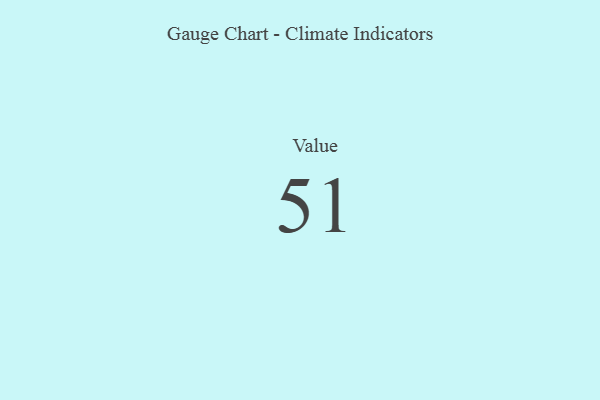
{"axis": {"x": "Metric", "y": "Value"}, "legend": [""], "data": [{"x": "Value", "y": 51, "type": ""}]}